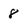
Character: 8